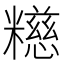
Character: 𫃕